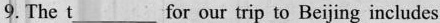
9. The t _for our trip to Beijing includes